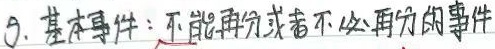
3. 基本事件：不能再分或者不必再分的事件